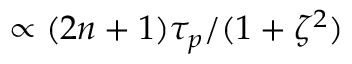
\propto ( 2 n + 1 ) \tau _ { p } / ( 1 + \zeta ^ { 2 } )